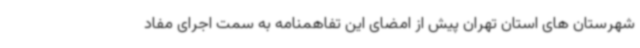
شهرستان های استان تهران پیش از امضای این تفاهمنامه به سمت اجرای مفاد